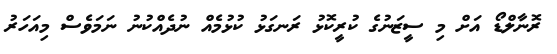
ރޮނާލްޑޯ އަށް މި ސީޒަނުގެ ކުރީކޮޅު ރަނގަޅު ކުޅުމެއް ނުދެއްކުނު ނަމަވެސް މިއަހަރު